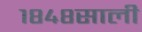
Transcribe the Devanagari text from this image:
१८४८साली